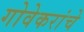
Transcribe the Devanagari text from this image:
गोवेकरांचे